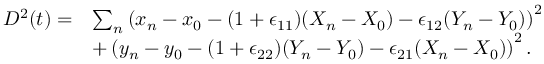
\begin{array} { r l } { D ^ { 2 } ( t ) = } & { \sum _ { n } \left( x _ { n } - x _ { 0 } - ( 1 + \epsilon _ { 1 1 } ) ( X _ { n } - X _ { 0 } ) - \epsilon _ { 1 2 } ( Y _ { n } - Y _ { 0 } ) \right) ^ { 2 } } \\ & { + \left( y _ { n } - y _ { 0 } - ( 1 + \epsilon _ { 2 2 } ) ( Y _ { n } - Y _ { 0 } ) - \epsilon _ { 2 1 } ( X _ { n } - X _ { 0 } ) \right) ^ { 2 } . } \end{array}